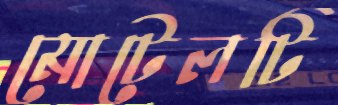
মোটেলটি